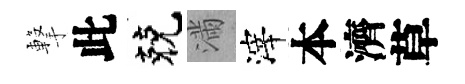
撃此兢滿滓本濟草